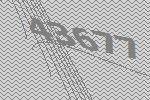
43677